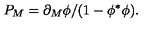
{ P _ { M } = \partial _ { M } \phi / ( 1 - \phi ^ { \ast } \phi ) . }